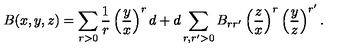
B ( x , y , z ) = \sum _ { r > 0 } { \frac { 1 } { r } } \left( { \frac { y } { x } } \right) ^ { r } d + d \sum _ { r , r ^ { \prime } > 0 } B _ { r r ^ { \prime } } \left( { \frac { z } { x } } \right) ^ { r } \left( { \frac { y } { z } } \right) ^ { r ^ { \prime } } .